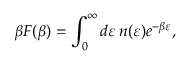
\beta F ( \beta ) = \int _ { 0 } ^ { \infty } d \varepsilon \, n ( \varepsilon ) e ^ { - \beta \varepsilon } ,